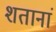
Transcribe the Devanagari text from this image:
शतानां